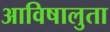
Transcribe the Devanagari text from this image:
आविषालुता